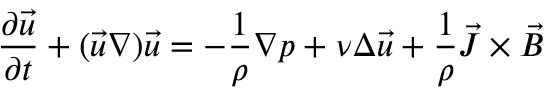
{ \frac { \partial { \vec { u } } } { \partial t } } + ( { \vec { u } } \nabla ) { \vec { u } } = - { \frac { 1 } { \rho } } \nabla p + \nu \Delta { \vec { u } } + { \frac { 1 } { \rho } } { \vec { J } } \times { \vec { B } }